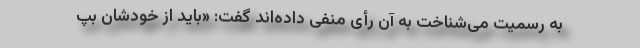
به رسمیت می‌شناخت به آن رأی منفی داده‌اند گفت: «باید از خودشان بپ